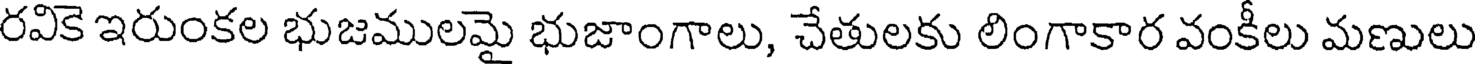
రవికె ఇరుంకల భుజములమై భుజాంగాలు, చేతులకు లింగాకార వంకీలు మణులు